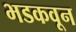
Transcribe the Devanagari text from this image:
भडकवून